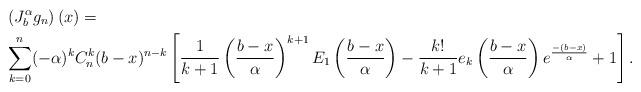
LaTeX: \begin{align*} &\left(J_b^\alpha g_n\right)(x)=\\& \sum_{k=0}^n (-\alpha)^k C_n^k (b-x)^{n-k} \left[\frac{1}{k+1} \left(\frac{b-x}{\alpha}\right)^{k+1} E_1\left(\frac{b-x}{\alpha}\right)-\frac{k!}{k+1} e_k\left(\frac{b-x}{\alpha}\right)e^{\frac{-(b-x)}{\alpha}}+1\right].\end{align*}